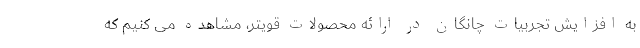
به افزایش تجربیات چانگان در ارائه محصولات قویتر، مشاهده می کنیم که